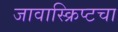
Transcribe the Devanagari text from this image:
जावास्क्रिप्टचा